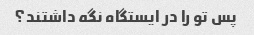
پس تو را در ایستگاه نگه داشتند؟